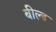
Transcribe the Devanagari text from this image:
बील्ड